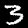
Label: 3